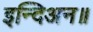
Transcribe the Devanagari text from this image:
इन्दिअन॥